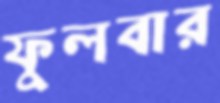
ফুলবার